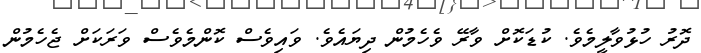
ދޮރު ހުޅުވާލީމެވެ. ކުޑަކޮށް ވާރޭ ވެހެމުން ދިޔައެވެ. ވައިވެސް ކޮންމެވެސް ވަރަކަށް ޖެހެމުން